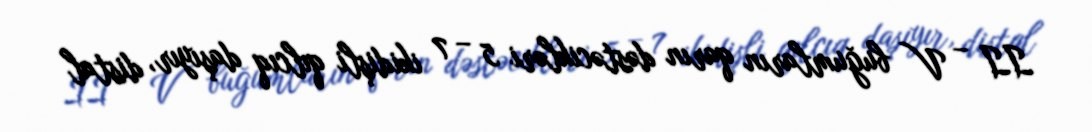
II – V buğumların qarın dəstəcikləri 5 – 7 ikidişli qılcıq daşıyır, distal